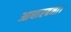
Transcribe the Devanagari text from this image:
आधारबना।